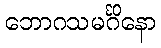
ဘောဂသမင်္ဂိနော